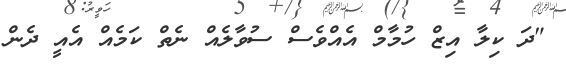
"ދަ ކިލާ އިޒް ހުމާމް އެއްވެސްް ސުވާލެއް ނެތް ކަމެއް އެއީ ދެން